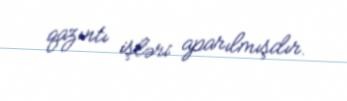
qazıntı işləri aparılmışdır.